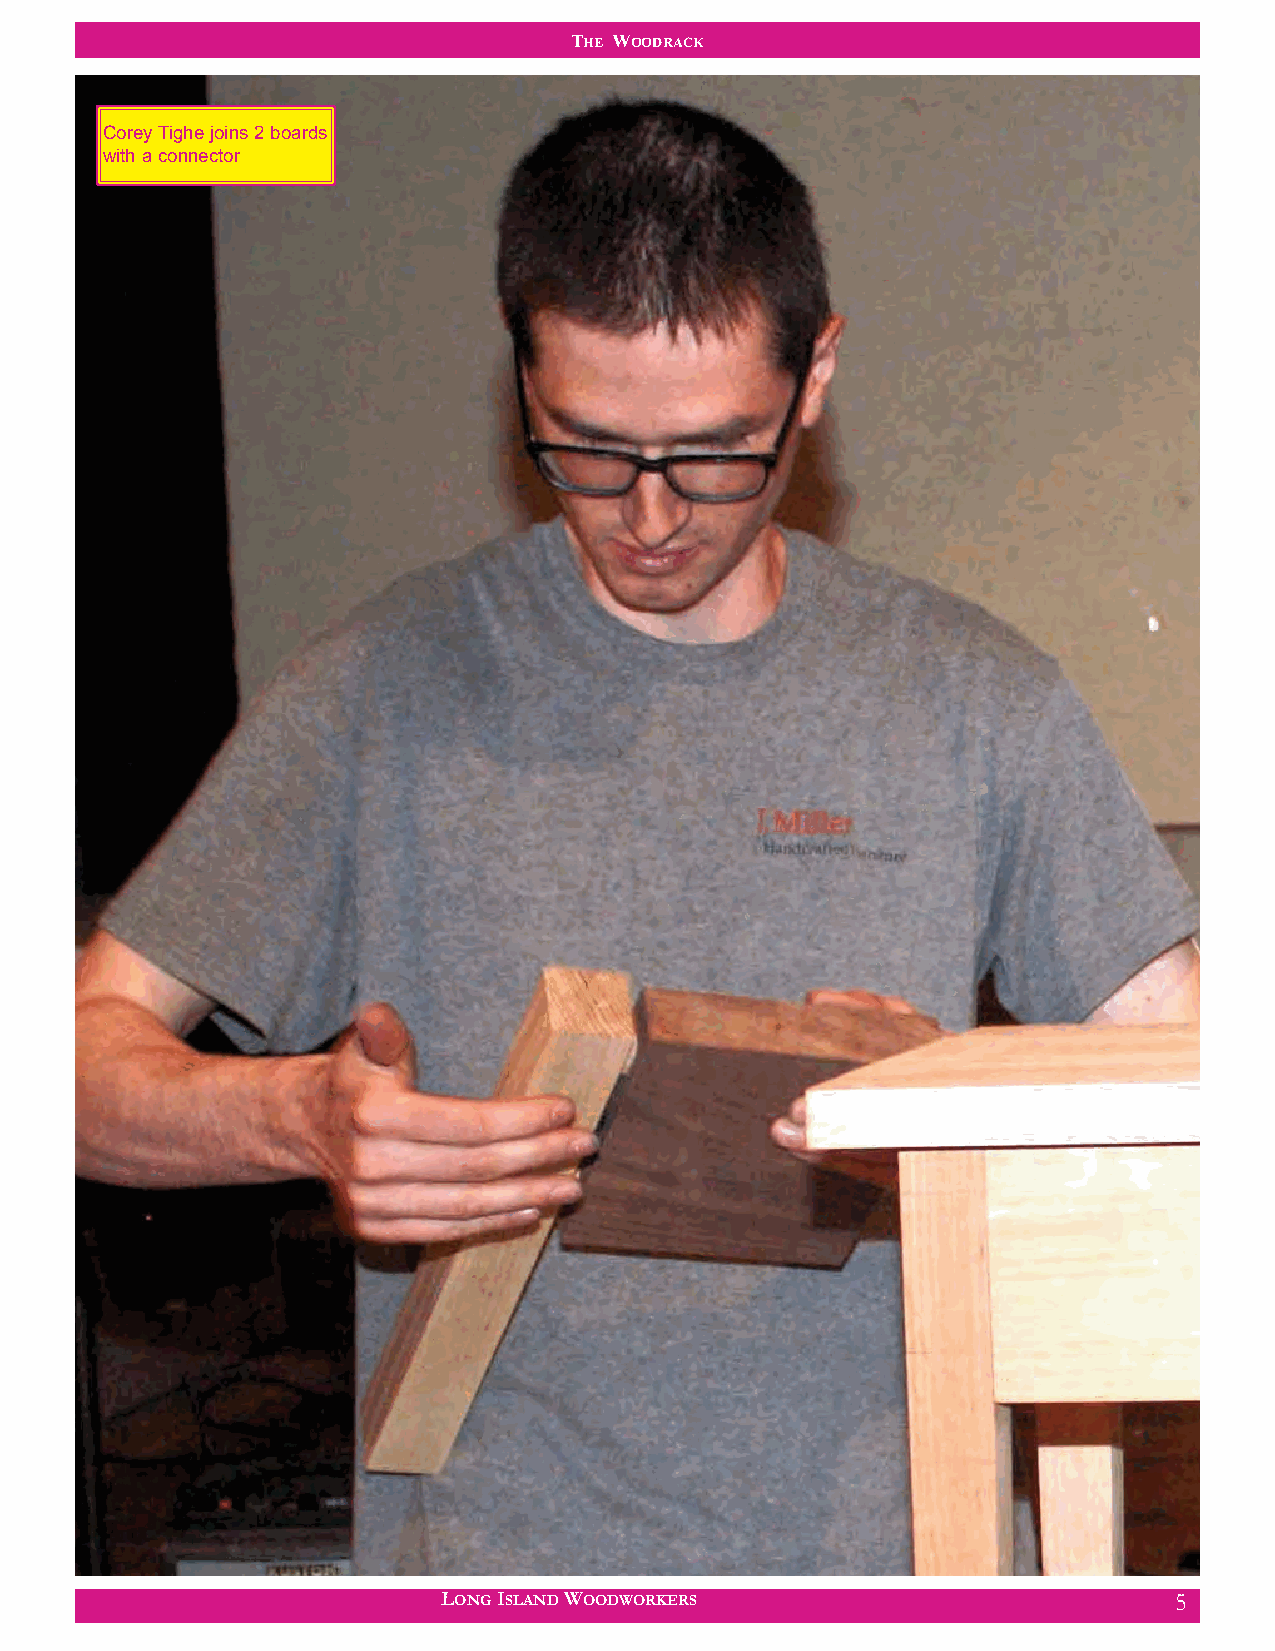
THE WOODRACK
 Corey Tighe joins 2 boards
 with a connector
 LONG ISLAND WOODWORKERS                          5